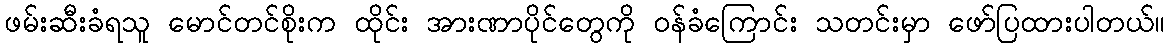
ဖမ်းဆီးခံရသူ မောင်တင်စိုးက ထိုင်း အားဏာပိုင်တွေကို ဝန်ခံကြောင်း သတင်းမှာ ဖော်ပြထားပါတယ်။